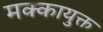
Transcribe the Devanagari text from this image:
मक्कायुक्त